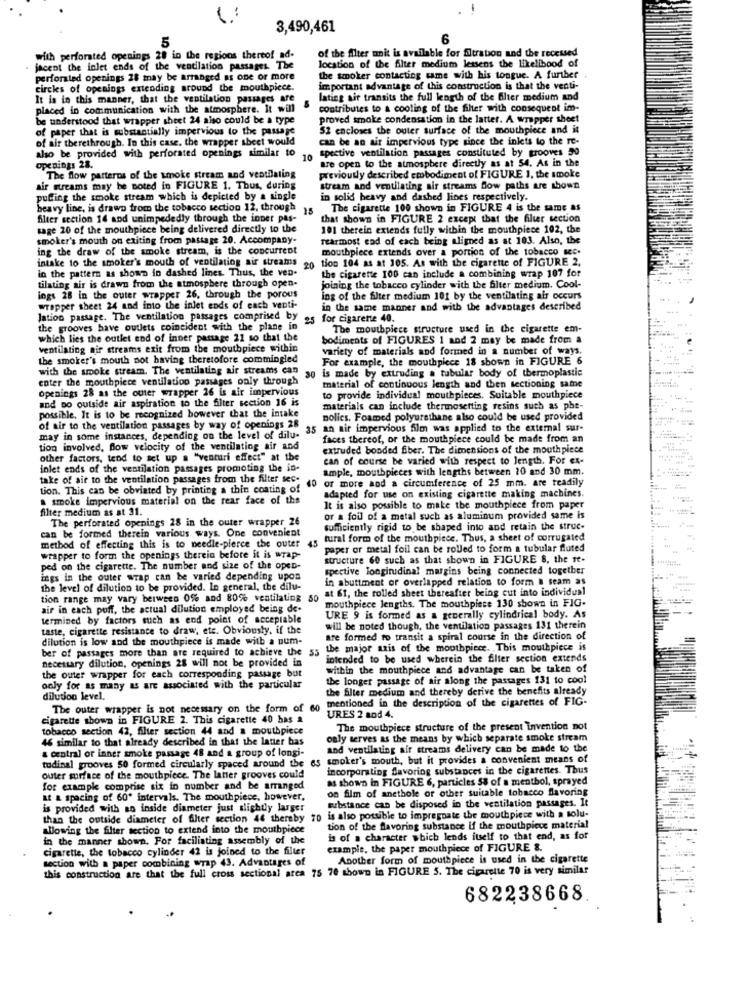
3,490,461
6
5
of the filter unit is available for filtration and the recessed
with perforated openings 28 in the regions thereof ad-
location of the filter medium lessens the likelihood of
jacent the inlet ends of the ventilation passages. The
perforated openings 28 may be arranged as one or more
the smoker contacting came with his tongue. A further
circles of openings extending around the mouthpiece.
important advantage of this construction is that the venti-
It is in this manner, that the ventilation passages are
lating ait transits the full length of the filter medium and
placed in communication with the atmosphere. It will
contributes to & cooling of the filter with consequent im-
be understood that wrapper sheet 24 also could be a type
proved smoke condensation in the latter. A wrapper sheet
of paper that is substantially impervious to the passage
52 encloses the outer surface of the mouthpiece and it
of air therethrough. In this case. the wrapper sheet would
can be an air impervious type since the inlets to the re-
spective ventilation passages constituted by grooves 50
also be provided with perforated openings similar to
10
are open to the atmosphere directly as at 54. As in the
openings 28.
The flow patterns of the smoke stream and ventilating
previously described embodiment of FIGURE 1, the smoke
air streams may be noted in FIGURE 1. Thus, during
stream and ventilating air streams Bow paths are shown
putting the smoke stream which is depicted by a single
in solid heavy and dashed lines respectively.
heavy line, is drawn from the tobacco section 12, through
15
The cigarette 100 shown in FIGURE 4 is the same as
filter section 14 and unimpededly through the inner pas-
that shown in FIGURE 2 except that the filter section
sage 20 of the mouthpiece being delivered directly to the
101 therein extends fully within the mouthpiece 102, the
smoker's mouth on exiting from passage 20. Accompany-
Tearmost end of each being aligned as at 103. Also, the
ing the draw of the smoke stream, is the concurrent
mouthpiece extends over a portion of the tobacco set.
intake to the smoker's mouth of ventilating air streams
tion 104 as at 105. As with the cigarette of FIGURE 2.
in the pattern as shown in dashed lines. Thus, the ven-
20
the cigarette 100 can include a combining wrap 107 for
tilating air is drawn from the atmosphere through open-
joining the tobacco cylinder with the filter medium. Cool-
ings 28 in the outer wrapper 26, through the porous
ing of the filter medium 101 by the ventilating air occurs
wrapper sheet 24 and into the inlet ends of each venti-
in the same manner and with the advantages described
lation passage. The ventilation passages comprised by
25 for cigarette 40.
the grooves have outlets coincident with the plane in
The mouthpiece structure used in the cigarette em-
which lies the outlet end of inner passage 21 so that the
bodiments of FIGURES 1 and 2 may be made from a
ventilating air streams exit from the mouthpiece within
variety of materials and formed in a number of ways.
the smoker's mouth not having theretofore commingled
For example, the mouthpiece 18 shown in FIGURE 6
with the smoke stream. The ventilating air streams can
30 is made by extruding a tubular body of thermoplastic
enter the mouthpiece ventilation passages only through
material of continuous length and then sectioning same
openings 28 as the outer wrapper 26 is air impervious
and Do outside air aspiration to the filter section 16 is
to provide individual mouthpieces. Suitable mouthpiece
materials can include thermosetting resins such as phe-
possible. It is to be recognized however that the intake
polics. Foamed polyurethane also could be used provided
of air to the ventilation passages by way of openings 28
35 an air impervious film was applied to the external sur-
may in some instances, depending on the level of dilu-
faces thereof, or the mouthpiece could be made from an
tion involved, Blow velocity of the ventilating air and
extruded bonded fiber. The dimensions of the mouthpiece
other factors, tend to set up a "venturi effect" at the
can of course be varied with respect to length. For ex-
inlet ends of the ventilation passages promoting the in-
ample, mouthpieces with lengths between 20 and 30 mm.
take of air to the ventilation passages from the filter sec-
or more and a circumference of 25 mm. are readily
tion. This can be obviated by printing a thin coating of
60
smoke impervious material on the rear face of the
adapted for use on existing cigarette making machines.
filter medium as at 31.
It is also possible to make the mouthpiece from paper
The perforated openings 28 in the outer wrapper 26
or a foil of a metal such as aluminum provided same is
sufficiently rigid to be shaped into and retain the struc-
can be formed therein various ways. One convenient
43
tural form of the mouthpiece. Thus, a sheet of corrugated
method of effecting this is to needle-pierce the outer
paper or metal foil can be rolled to form a tubular fluted
wrapper to form the openings therein before it is wrap-
structure 60 such as that shown in FIGURE 8, the st-
ped on the cigarette. The number and size of the open-
spective longitudinal margins being connected together
ings in the outer wrap can be varied depending upon
in abuttment of overlapped relation to form B seam as
the level of dilution to be provided. In general, the dilu-
at &t, the rolled sheet thereafter being cut into individual
tion range may vary between 0% and 80% ventilating 50
mouthpiece lengths. The mouthpiece 130 shown in FIG.
air in each puff, the actual dilution employed being de-
termined by factors such as end point of acceptable
URE 9 is formed as a generally cylindrical body. As
taste, cigarette resistance to draw, etc. Obviously, if the
will be noted though, the ventilation passages 131 therein
dilution is low and the mouthpiece is made with a num-
are formed to transit a spiral course in the direction of
ber of passages more than are required to achieve the 55
the major axis of the mouthpiece. This mouthpiece is
necessary dilution, openings 28 will not be provided in
intended to be used wherein the filter section extends
within the mouthpiece and advantage can be taken of
the outer wrapper for each corresponding passage but
the longer passage of air along the passages 131 to cool
only for as many as are associated with the particular
the filter medium and thereby derive the benefits already
dilution level.
mentioned in the description of the cigarettes of FIG-
The outer wrapper is not necessary on the form of 60
cigarette shown in FIGURE 2. This cigarette 40 has a
URES 2 sod 4.
tobacco section 42, filter section 44 and a mouthpiece
The mouthpiece structure of the present Invention not
46 similar to that already described in that the latter has
only serves as the means by which separate smoke stream
a central or inner smoke passage 48 and a group of longi-
and ventilating air streams delivery can be made to the
as smoker's mouth, but it provides a convenient means of
tudinal grooves 50 formed circularly spaced around the
incorporating flavoring substances in the cigarettes. Thus
outer surface of the mouthpiece. The latter grooves could
as shown in FIGURE 6, particles 58 of a menthol, sprayed
for example comprise six in number and be arranged
on film of anethole or other suitable tobacco flavoring
at & spacing of 60' intervals. The mouthpiece, however,
substance can be disposed in the ventilation passages. It
is provided with no inside diameter just slightly larger
than the outside diameter of filter section 44 thereby 70 is also possible to impregnate the mouthpiece with a solu-
Allowing the filter section to extend into the mouthpiece
tion of the flavoring substance if the mouthpiece material
in the manner shown. For faciliating assembly of the
is of a character which lends itself to that end, as for
cigarette, the tobacco cylinder 42 is joined to the filter
example, the paper mouthpiece of FIGURE &.
section with a paper combining wrap 43. Advantages of
Another form of mouthpiece is used in the cigarette
this construction are that the full cross sectional arca 75 70 shown in FIGURE 5. The cigarette 70 is very similar
682238668.